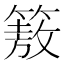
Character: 𮅻